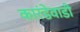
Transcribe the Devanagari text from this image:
कारंडेवाडी